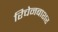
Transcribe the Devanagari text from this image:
रिचेनबाशर